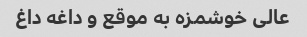
عالی خوشمزه به موقع و داغه داغ